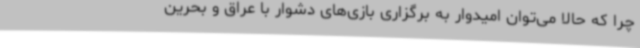
چرا که حالا می‌توان امیدوار به برگزاری بازی‌های دشوار با عراق و بحرین